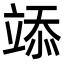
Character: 𥪌